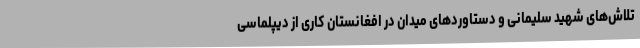
تلاش‌های شهید سلیمانی و دستاوردهای میدان در افغانستان کاری از دیپلماسی